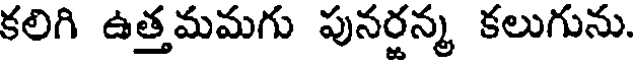
కలిగి ఉత్తమమగు పునర్జన్మ కలుగును.